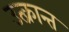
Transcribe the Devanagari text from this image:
उत्क्रान्त